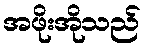
အဖိုးအိုသည်